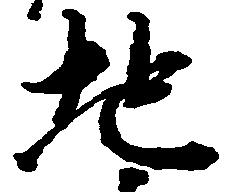
地